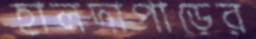
হালদাপাড়ের